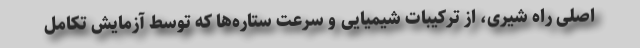
اصلی راه شیری، از ترکیبات شیمیایی و سرعت ستاره‌ها که توسط آزمایش تکامل